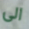
الى